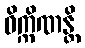
ဝိက္ကိဏန္တိ